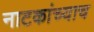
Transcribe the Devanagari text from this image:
नाटकांच्याच